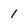
Character: 1